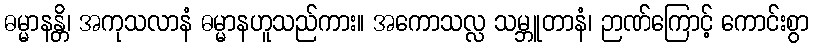
ဓမ္မာနန္တိ၊ အကုသလာနံ ဓမ္မာနဟူသည်ကား။ အကောသလ္လ သမ္ဘူတာနံ၊ ဉာဏ်ကြောင့် ကောင်းစွာ